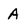
Character: A